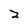
Character: 2